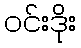
ဝင်းဒိုး